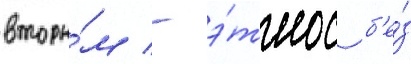
вторы́м - э́тнос б'е́з